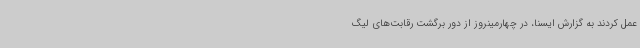
عمل کردند به گزارش ایسنا، در چهارمینروز از دور برگشت رقابت‌های لیگ